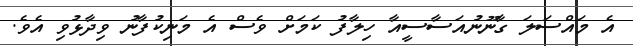
އެ މައްސަލަ ގާނޫނުއަސާސީއާ ހިލާފު ކަމަށް ވެސް އެ މަނިކުފާނު ވިދާޅުވި އެވެ.